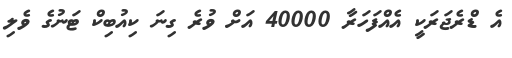
އެ ޑްރެޖަރަކީ އެއްފަހަރާ 40000 އަށް ވުރެ ގިނަ ކިއުބިކް ޓަނުގެ ވެލި